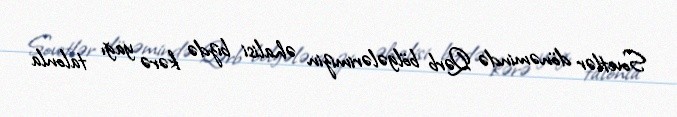
Sovetlər dönəmində Qərb bölgələrimizin əhalisi bizdə kərə yağı talonla